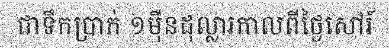
ជាទឹកប្រាក់ ១ម៉ឺនដុល្លារកាលពីថ្ងៃសៅរ៍